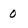
Character: 0